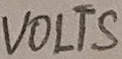
Text: VOLTS